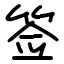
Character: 签